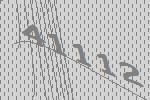
41112